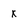
Character: k